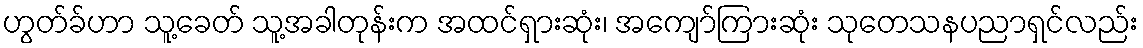
ဟွတ်ခ်ဟာ သူ့ခေတ် သူ့အခါတုန်းက အထင်ရှားဆုံး၊ အကျော်ကြားဆုံး သုတေသနပညာရှင်လည်း